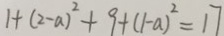
1 + ( 2 - a ) ^ { 2 } + 9 + ( 1 - a ) ^ { 2 } = 1 7